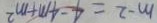
m - 2 = 4 - 4 m + m ^ { 2 }